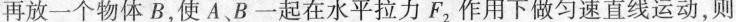
再放一个物体B，使A、B一起在水平拉力F_{2}作用下做匀速直线运动，则